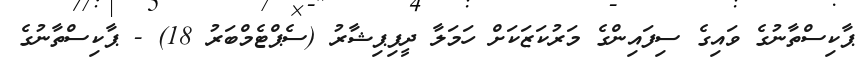
ޕާކިސްތާނުގެ ވައިގެ ސިފައިންގެ މަރުކަޒަކަށް ހަމަލާ ދީފިޕިޝާރު (ސެޕްޓެމްބަރު 18) - ޕާކިސްތާނުގެ